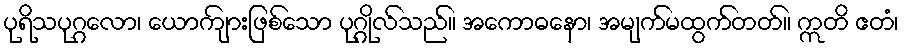
ပုရိသပုဂ္ဂလော၊ ယောကျ်ားဖြစ်သော ပုဂ္ဂိုလ်သည်။ အကောဓနော၊ အမျက်မထွက်တတ်။ ဣတိ ဧတံ၊